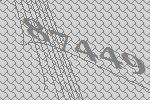
87449